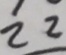
2 2